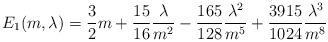
LaTeX: \begin{align*}E_1(m,\lambda)=\frac{3}{2} m+\frac{15}{16}\frac{\lambda}{m^2}-\frac{165}{128}\frac{\lambda^2}{m^5}+\frac{3915}{1024}\frac{\lambda^3}{m^8}\end{align*}